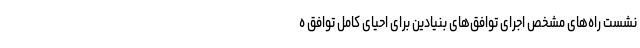
نشست راه‌های مشخص اجرای توافق‌های بنیادین برای احیای کامل توافق ه